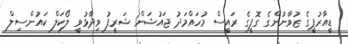
ޑީއާރުޕީގެ ޒުވާނުންގެ ގޮފީގެ ރައީސް މުހައްމަދު ޖައުޝަން ޝަރީފު ވިދާޅުވީ ލޯކަލް ކައުންސިލް